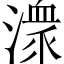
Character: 潨